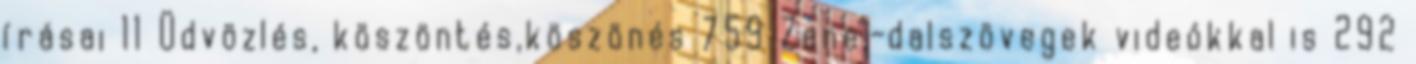
írásai 11 Üdvözlés, köszöntés,köszönés 759 Zene,-dalszövegek videókkal is 292